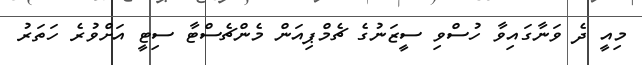
މިއީ ދެ ވަނާގައިވާ ހުސްވި ސީޒަނުގެ ޗެމްޕިއަން މެންޗެސްޓާ ސިޓީ އަށްވުރެ ހަތަރު